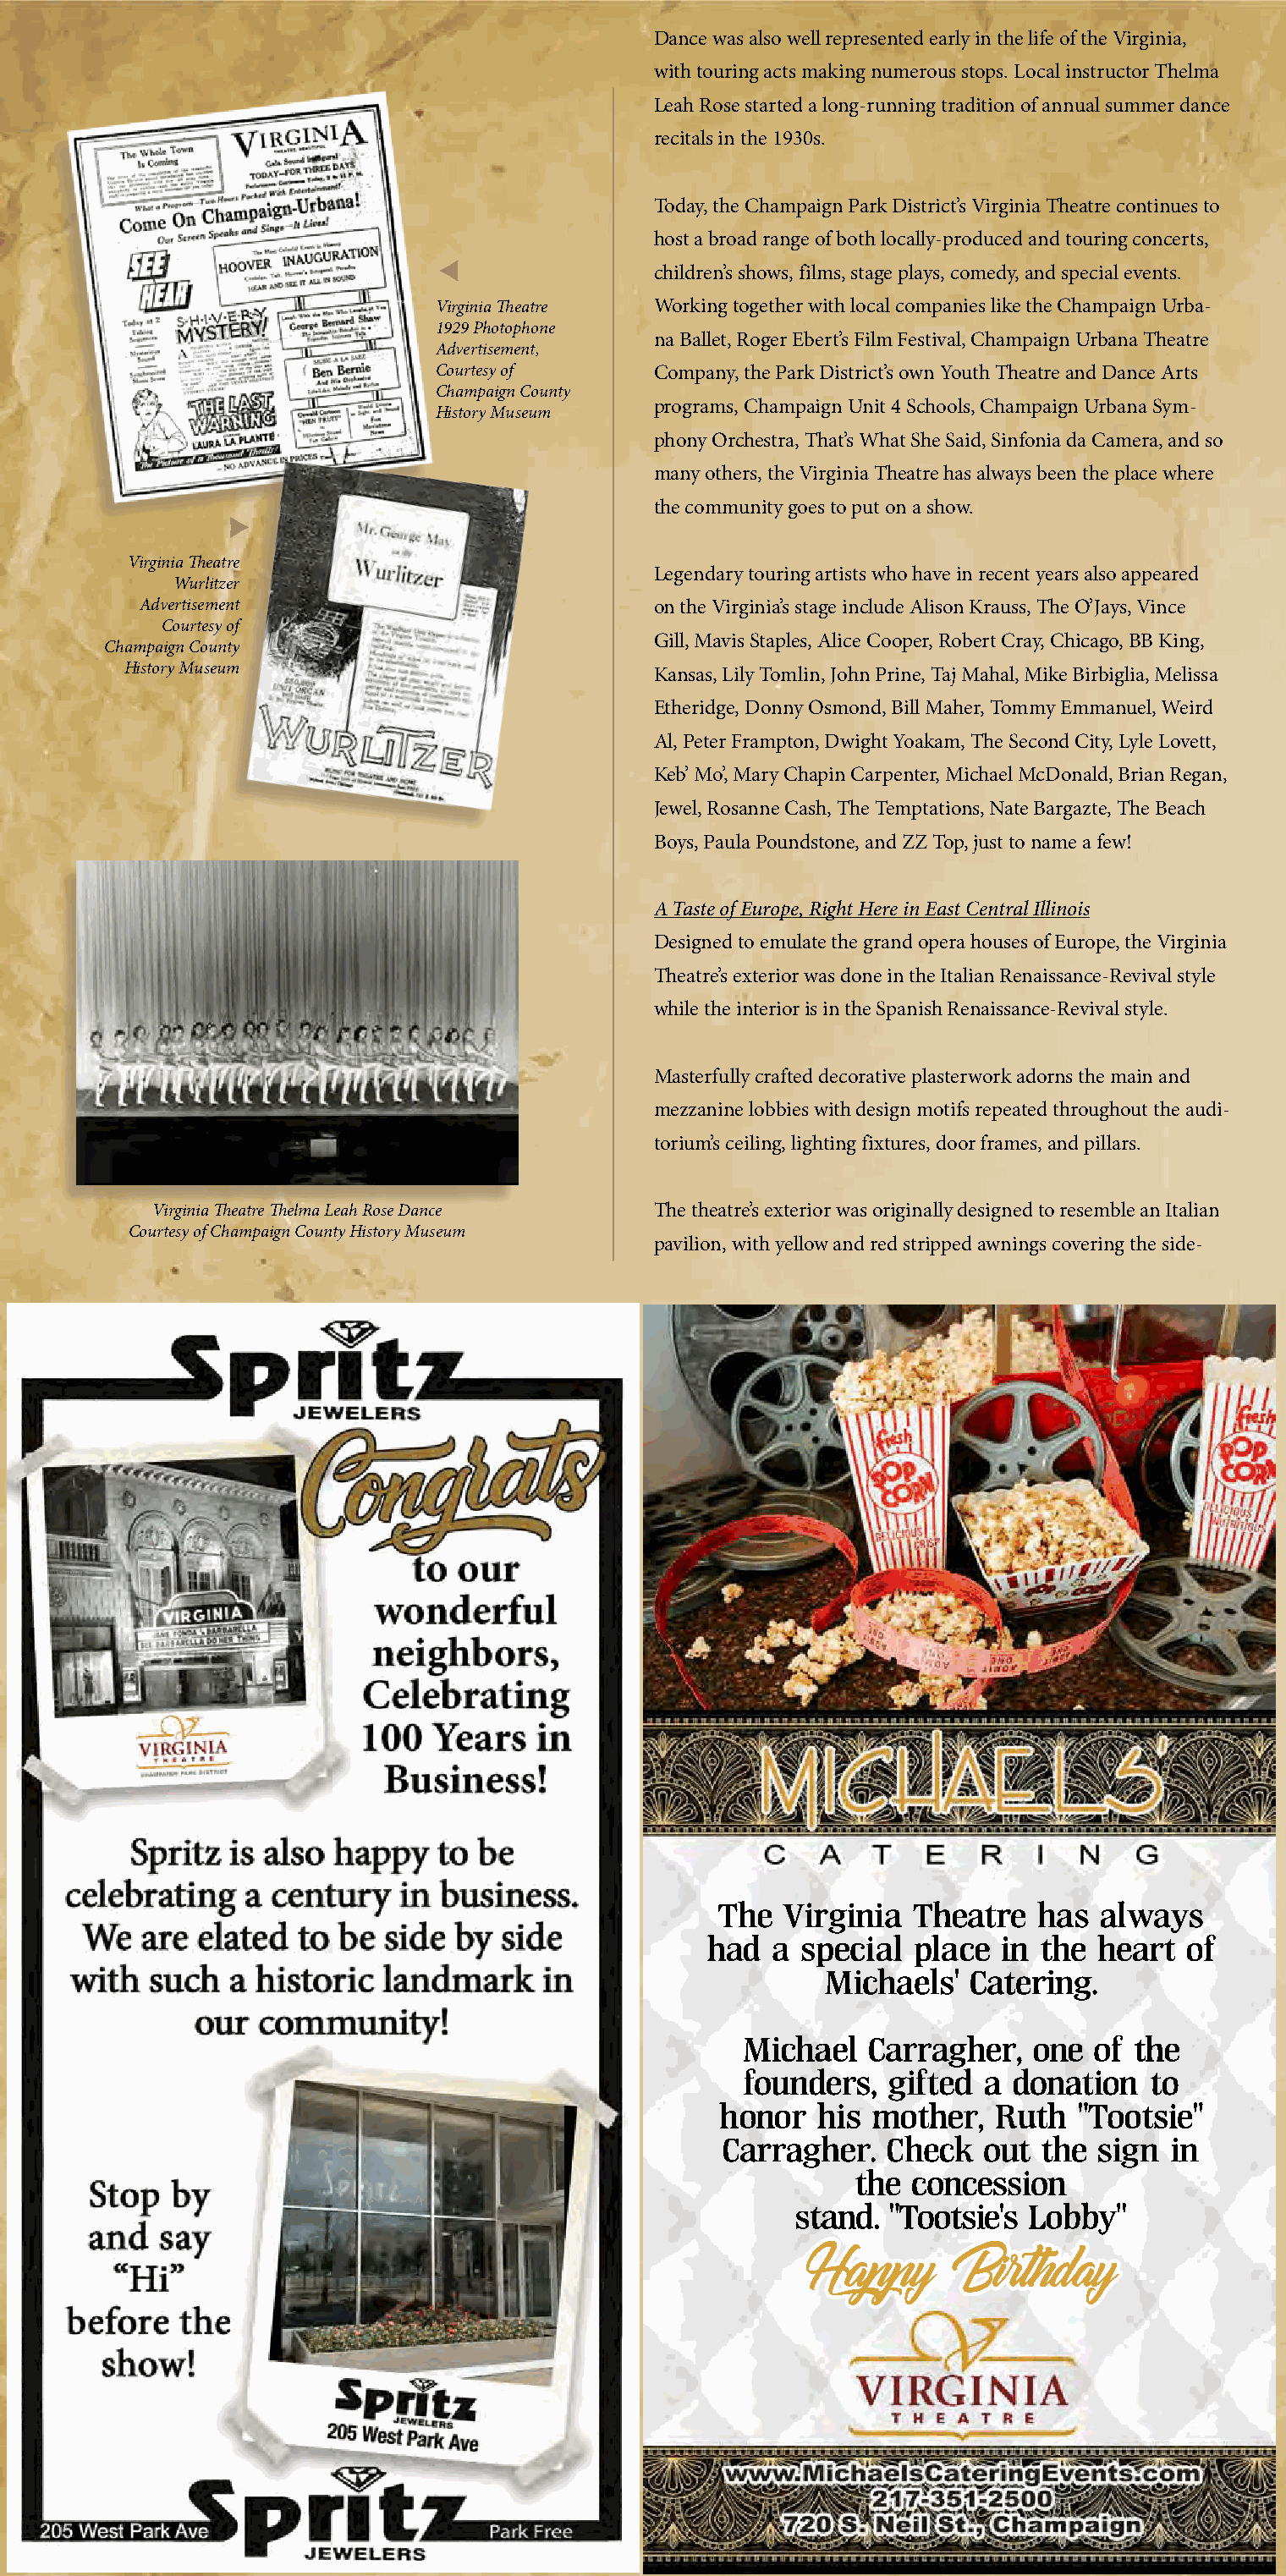
Dance was also well represented early in the life of the Virginia,
 with touring acts making numerous stops. Local instructor Thelma
 Leah Rose started a long-running tradition of annual summer dance
 recitals in the 1930s.
 Today, the Champaign Park District’s Virginia Theatre continues to
 host a broad range of both locally-produced and touring concerts,
 children’s shows, films, stage plays, comedy, and special events.
 Virginia Theatre Working together with local companies like the Champaign Urba-
 1929 Photophone
 na Ballet, Roger Ebert’s Film Festival, Champaign Urbana Theatre
 Advertisement,
 Courtesy of      Company, the Park District’s own Youth Theatre and Dance Arts
 Champaign County
 programs, Champaign Unit 4 Schools, Champaign Urbana Sym-
 History Museum
 phony Orchestra, That’s What She Said, Sinfonia da Camera, and so
 many others, the Virginia Theatre has always been the place where
 the community goes to put on a show.
 Virginia Theatre
 Legendary touring artists who have in recent years also appeared
 Wurlitzer
 Advertisement                           on the Virginia’s stage include Alison Krauss, The O’Jays, Vince
 Courtesy of
 Gill, Mavis Staples, Alice Cooper, Robert Cray, Chicago, BB King,
 Champaign County
 History Museum                           Kansas, Lily Tomlin, John Prine, Taj Mahal, Mike Birbiglia, Melissa
 Etheridge, Donny Osmond, Bill Maher, Tommy Emmanuel, Weird
 Al, Peter Frampton, Dwight Yoakam, The Second City, Lyle Lovett,
 Keb’ Mo’, Mary Chapin Carpenter, Michael McDonald, Brian Regan,
 Jewel, Rosanne Cash, The Temptations, Nate Bargazte, The Beach
 Boys, Paula Poundstone, and ZZ Top, just to name a few!
 A Taste of Europe, Right Here in East Central Illinois
 Designed to emulate the grand opera houses of Europe, the Virginia
 Theatre’s exterior was done in the Italian Renaissance-Revival style
 while the interior is in the Spanish Renaissance-Revival style.
 Masterfully crafted decorative plasterwork adorns the main and
 mezzanine lobbies with design motifs repeated throughout the audi-
 torium’s ceiling, lighting fixtures, door frames, and pillars.
 Virginia Theatre Thelma Leah Rose Dance The theatre’s exterior was originally designed to resemble an Italian
 Courtesy of Champaign County History Museum
 pavilion, with yellow and red stripped awnings covering the side-
 The  Virginia  Theatre   has  always
 had  a  special place  in the  heart  of
 Michaels'   Catering.
 MMiicchhaaeell CCaarrrraagghheerr,, oonnee ooff tthhee
 founders,  gifted  a donation   to
 honor   his mother,   Ruth  "Tootsie"
 Carragher.   Check   out the  sign in
 the concession
 stand. "Tootsie's Lobby"
 Happy      Birthday